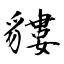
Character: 貗